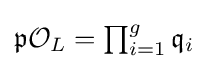
{\textstyle {\mathfrak {p}}{\mathcal {O}}_{L}=\prod _{i=1}^{g}{\mathfrak {q}}_{i}}